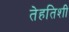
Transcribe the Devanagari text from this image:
तेहतिशी